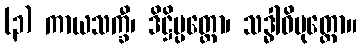
(၃) ကာယသက္ခီ၊ ဒိဋ္ဌိပ္ပတ္တော၊ သဒ္ဓါဝိမုတ္တော။